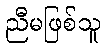
ညီမဖြစ်သူ